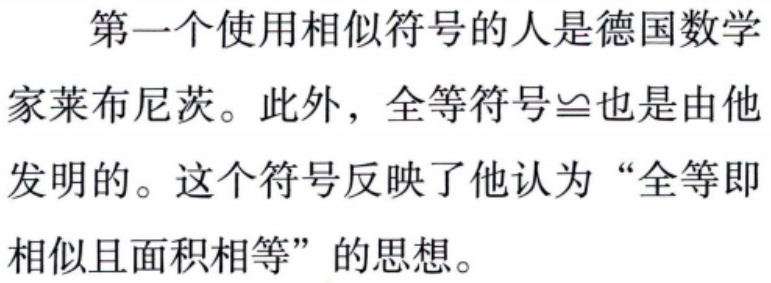
第一个使用相似符号的人是德国数学家莱布尼茨。此外，全等符号$\cong$也是由他发明的。这个符号反映了他认为“全等即相似且面积相等”的思想。